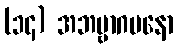
(၁၄) အဘဗ္ဗာဂမနော